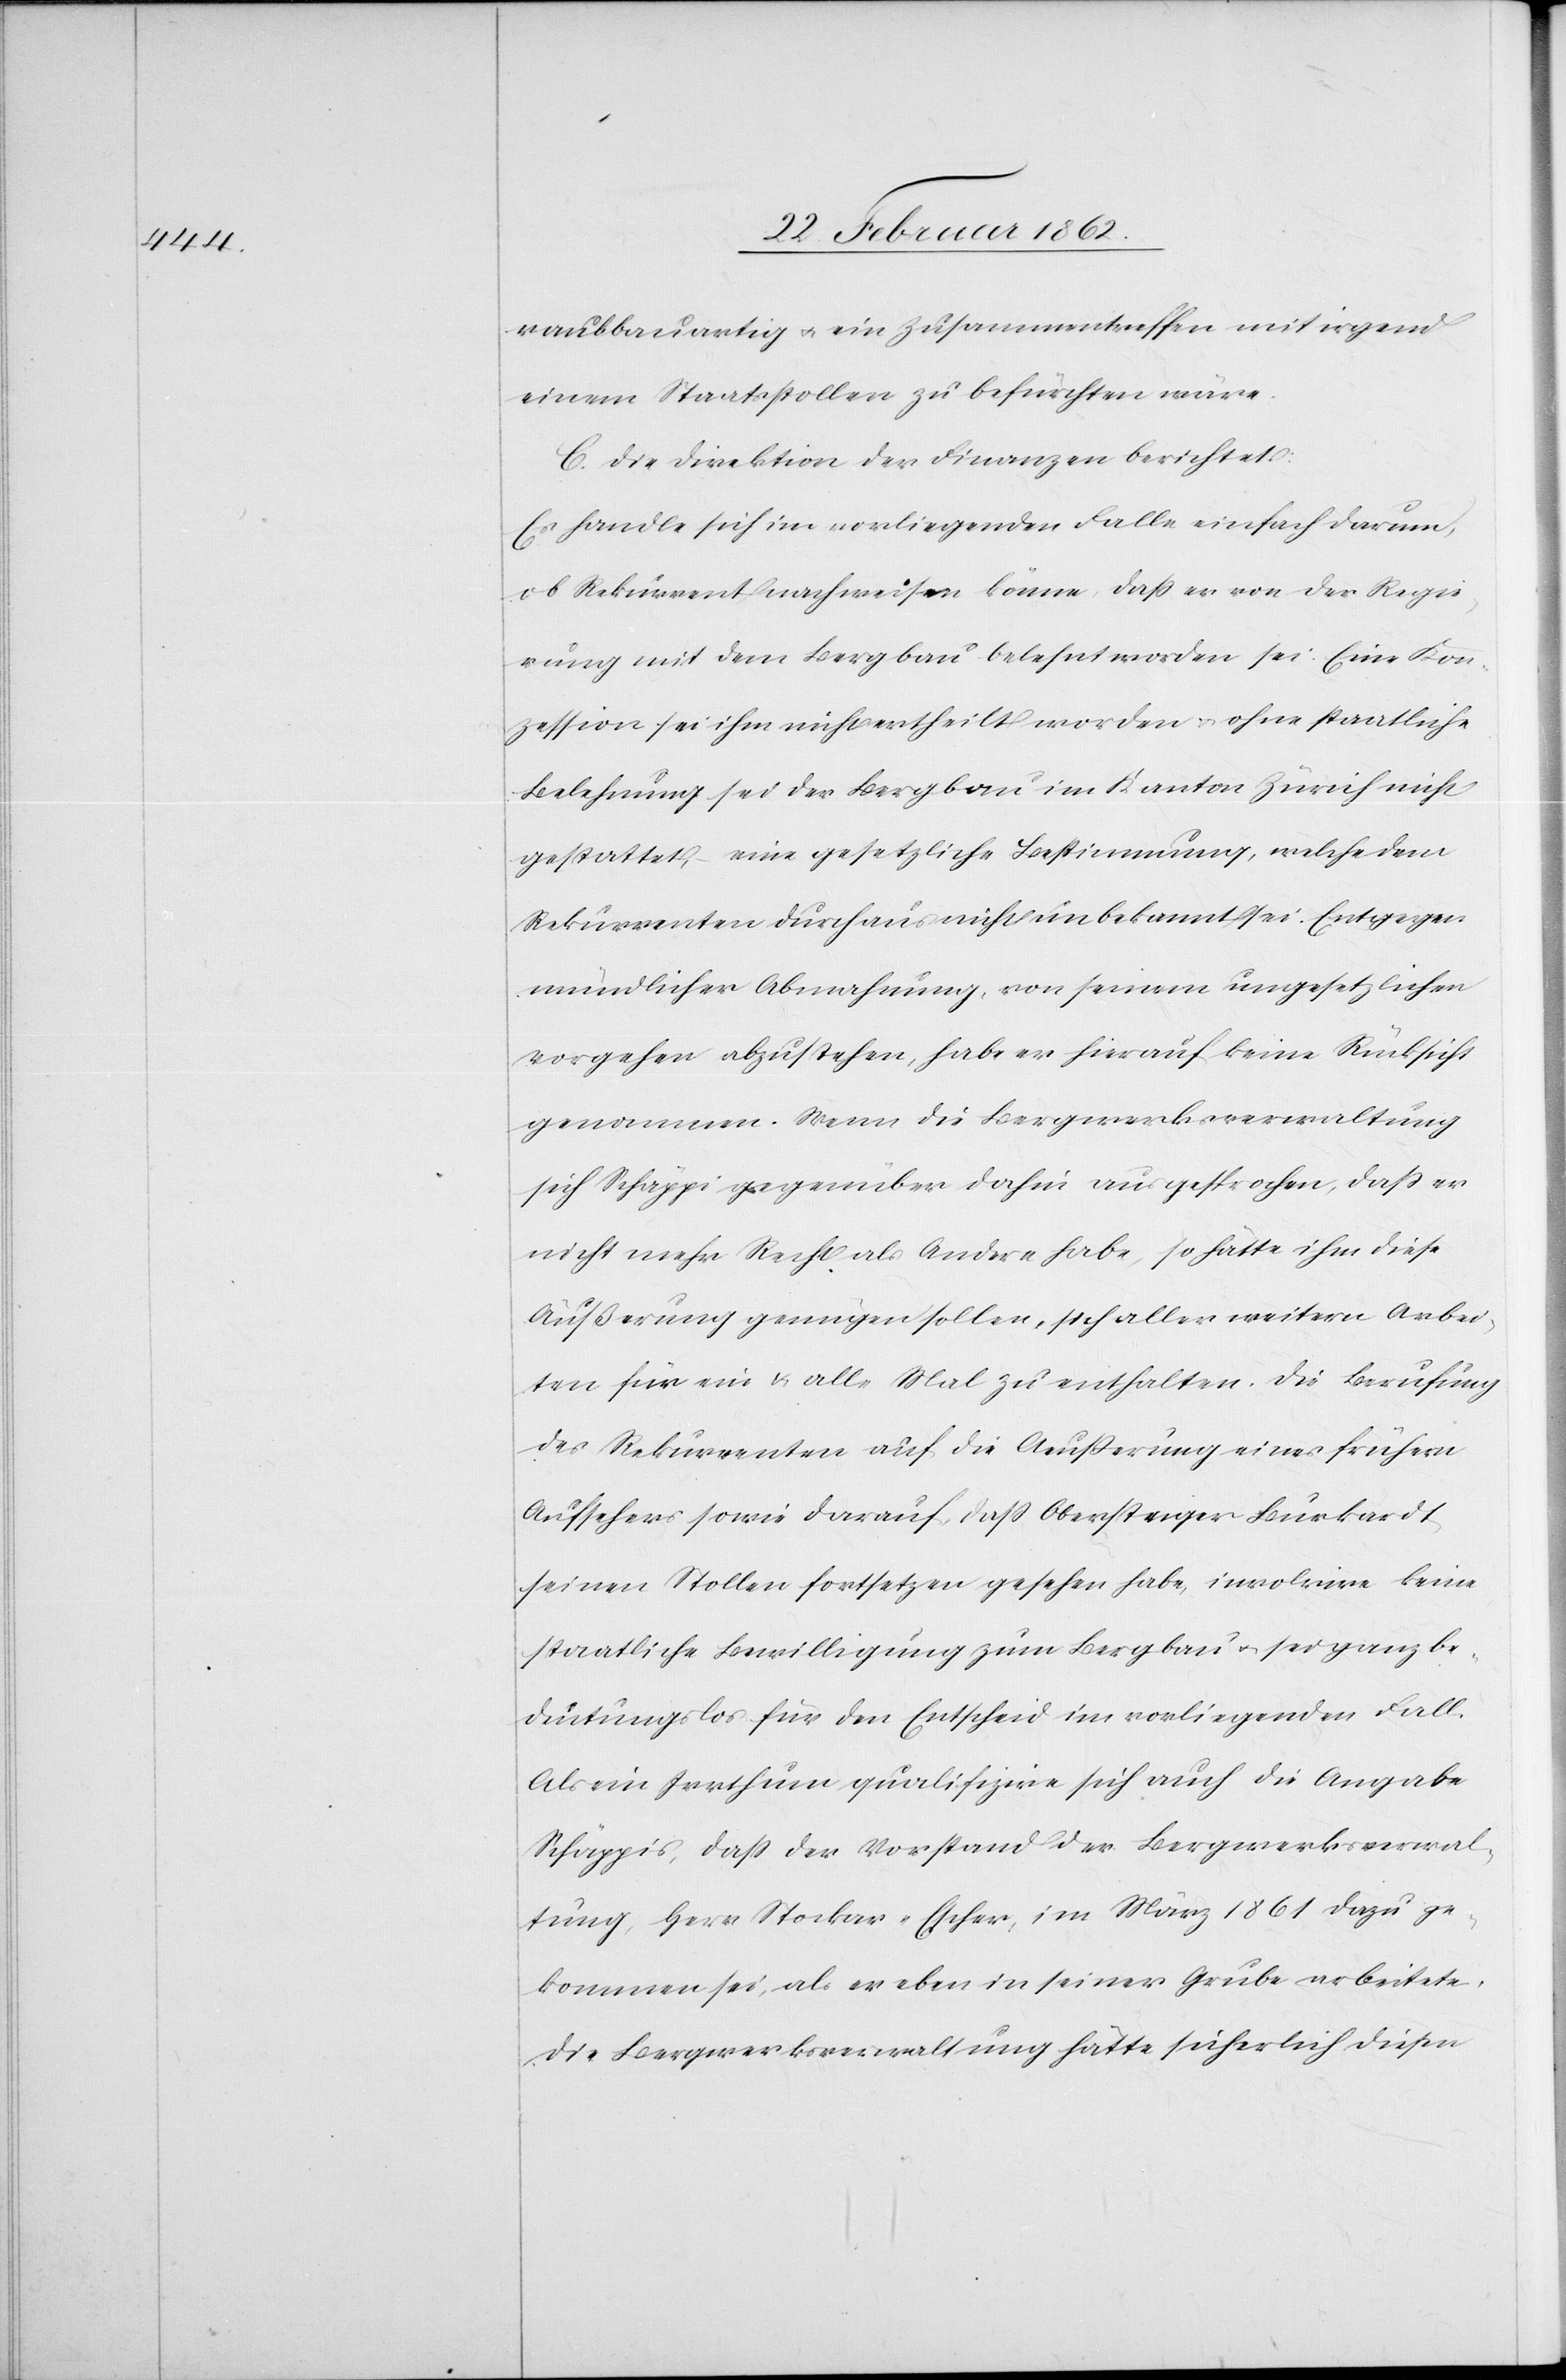
raubbauartig u. ein Zusammentreffen mit irgend
einem Staatsstollen zu befürchten wäre.
C. Die Direktion der Finanzen berichtet:
Es handle sich im vorliegenden Falle einfach darum,
ob Rekurrent nachweisen könne, daß er von der Regie¬
rung mit dem Bergbau belehnt worden sei. Eine Kon¬
zession sei ihm nicht ertheilt worden u. ohne staatliche
Belehnung sei der Bergbau im Kanton Zürich nicht
gestattet, eine gesetzliche Bestimmung, welche dem
Rekurrenten durchaus nicht unbekannt sei. Entgegen
mündlicher Abmachung, von seinem ungesetzlichen
Vorgehen abzustehen, habe er hierauf keine Rücksicht
genommen. Wenn die Bergwerksverwaltung
sich Schäppi gegenüber dahin ausgesprochen, daß er
nicht mehr Recht als Andere habe, so hätte ihm diese
Äußerung genügen sollen, sich aller weitern Arbei¬
ten für ein u. alle Mal zu enthalten. Die Berufung
des Rekurrenten auf die Äußerung eines frühern
Aufsehers sowie darauf, daß Obersteiger Burkardt
seinen Stollen fortsetzen gesehen habe, involvire keine
staatliche Bewilligung zum Bergbau u. sei ganz be¬
deutungslos für den Entscheid im vorliegenden Fall.
Als ein Irrthum qualifizire sich auch die Angabe
Schäppis, daß der Vorstand der Bergwerksverwal¬
tung, Herr Stockar-Escher, im März 1861 dazu ge¬
kommen sei, als er eben in seiner Grube arbeitete.
Die Bergwerksverwaltung hätte sicherlich diesen